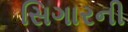
સિગારની